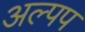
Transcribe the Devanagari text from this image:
अल्पप